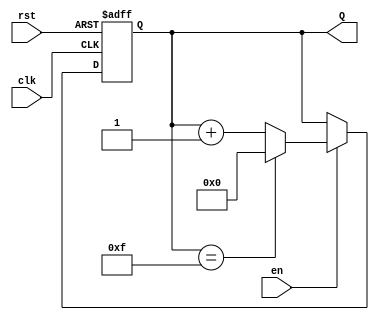
module BinaryUpCounter #(
    parameter N = 4 // Define the width of the counter (default is 4 bits)
)(
    input wire clk,     // Clock signal
    input wire rst,     // Asynchronous reset signal
    input wire en,      // Enable signal
    output reg [N-1:0] Q // N-bit output representing the current count value
);

    // Asynchronous reset logic
    always @(posedge clk or posedge rst) begin
        if (rst) begin
            Q <= 0; // Reset the counter to 0
        end else if (en) begin
            if (Q == (1 << N) - 1) begin
                Q <= 0; // Wrap around to 0 when maximum value is reached
            end else begin
                Q <= Q + 1; // Increment the counter
            end
        end
    end

endmodule